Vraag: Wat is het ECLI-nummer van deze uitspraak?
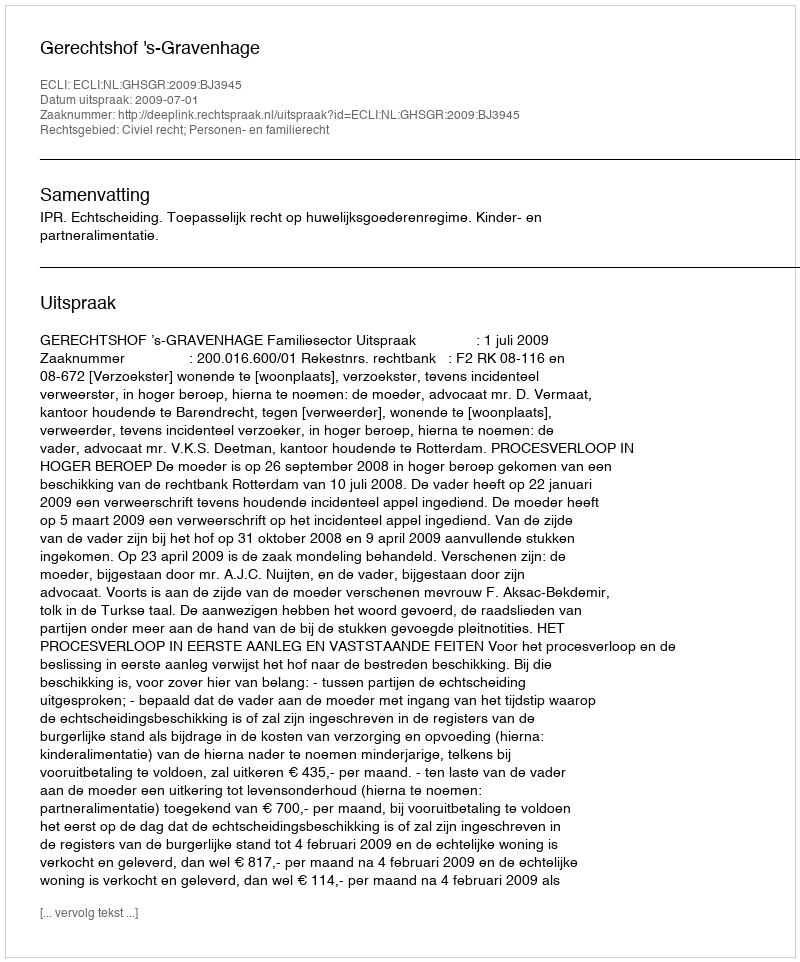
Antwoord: ECLI:NL:GHSGR:2009:BJ3945